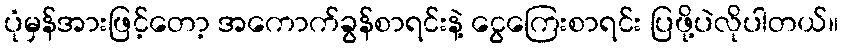
ပုံမှန်အားဖြင့်တော့ အကောက်ခွန်စာရင်းနဲ့ ငွေကြေးစာရင်း ပြဖို့ပဲလိုပါတယ်။